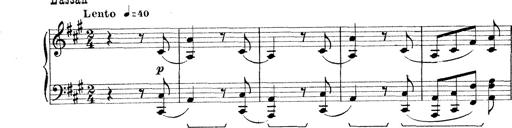
Title: Rapsodie: 19 ungheresi, 1 spagnuola
Composer: Franz Liszt